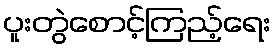
ပူးတွဲစောင့်ကြည့်ရေး